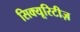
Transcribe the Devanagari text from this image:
सिक्यूरिटीज़